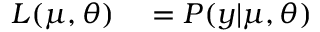
\begin{array} { r l } { L ( \boldsymbol { \mu } , \boldsymbol { \theta } ) } & { { } = P ( \boldsymbol { y } | \boldsymbol { \mu } , \boldsymbol { \theta } ) } \end{array}